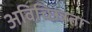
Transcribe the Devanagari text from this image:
अविच्छिन्नता